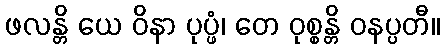
ဖလန္တိ ယေ ဝိနာ ပုပ္ဖံ၊ တေ ဝုစ္စန္တိ ဝနပ္ပတီ။